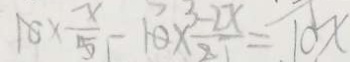
1 0 \times \frac { x } { 5 } - 1 0 \times \frac { - 2 x } { 2 7 } = 1 0 x